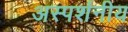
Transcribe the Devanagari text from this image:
अस्पर्शनीय